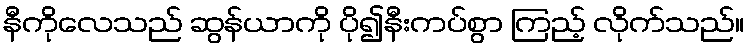
နီကိုလေသည် ဆွန်ယာကို ပို၍နီးကပ်စွာ ကြည့် လိုက်သည်။